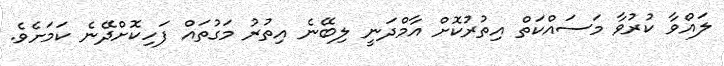
ލައްވާ ކުރުވާ މަސައްކަތް އިތުރުކޮށް އާމްދަނީ ލިބޭނެ އިތުރު މަގުތައް ފަހިކޮށްދޭނެ ކަމަށެވެ.